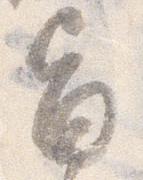
旨